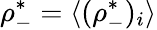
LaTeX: \rho_{-}^{*}=\langle(\rho_{-}^{*})_{i}\rangle